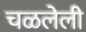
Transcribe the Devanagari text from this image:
चळलेली